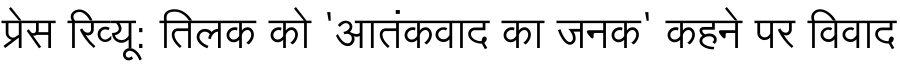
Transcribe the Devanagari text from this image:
प्रेस रिव्यू: तिलक को 'आतंकवाद का जनक' कहने पर विवाद